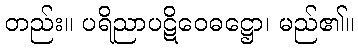
တည်း။ ပရိညာပဋိဝေဓဋ္ဌော၊ မည်၏။